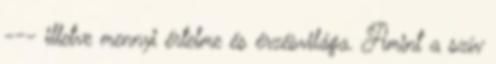
--- illetve mennyi értelme és érzésvilága. Amint a szív